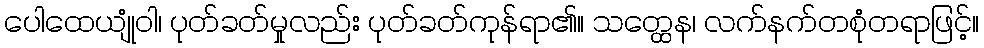
ပေါထေယျုံဝါ၊ ပုတ်ခတ်မှုလည်း ပုတ်ခတ်ကုန်ရာ၏။ သတ္ထေန၊ လက်နက်တစုံတရာဖြင့်။